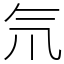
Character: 氘